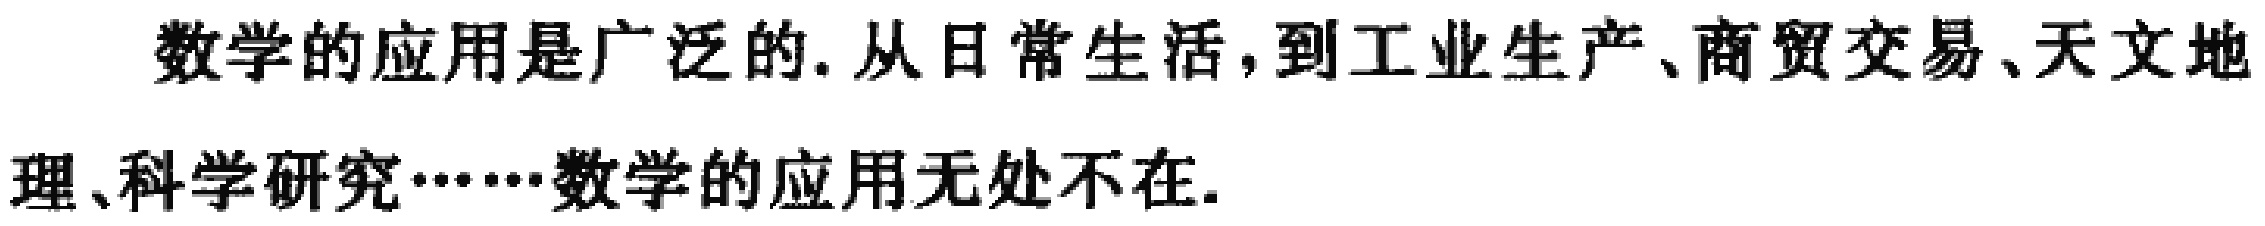
数学的应用是广泛的.从日常生活，到工业生产、商贸交易、天文地理、科学研究……数学的应用无处不在.